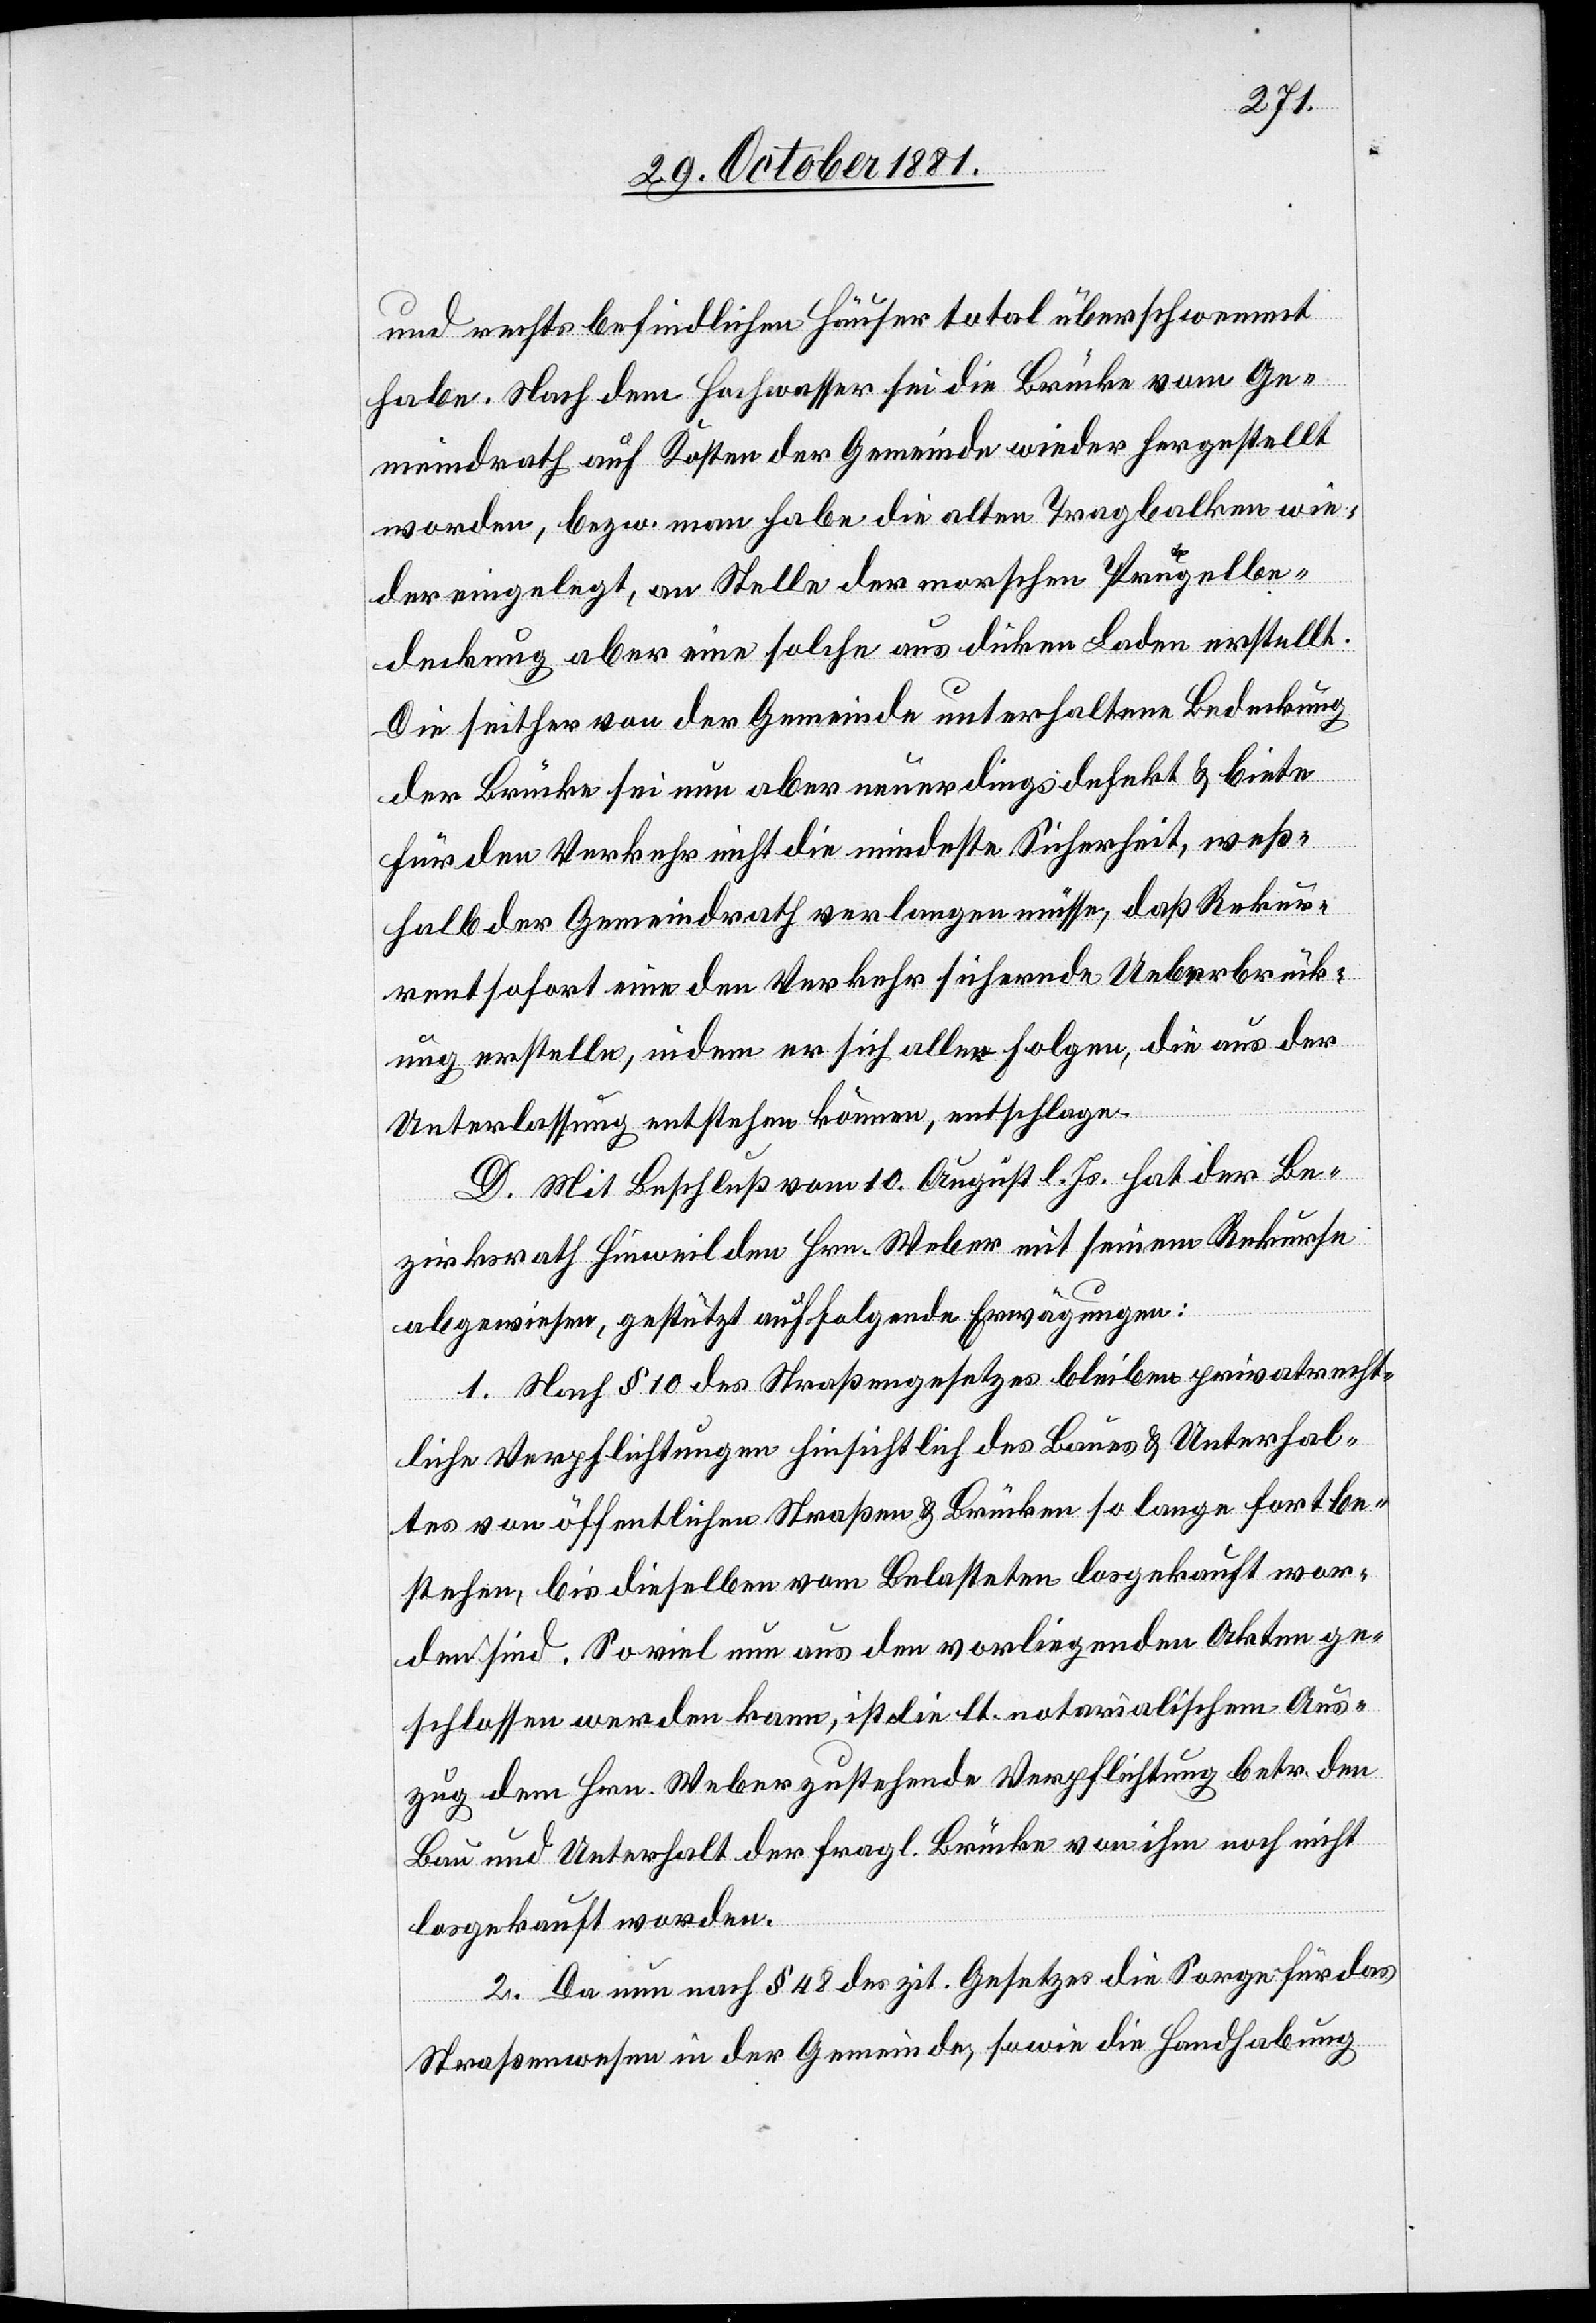
und rechts befindlichen Häuser total überschwemmt
habe. Nach dem Hochwasser sei die Brücke vom Ge¬
meindrath auf Kosten der Gemeinde wieder hergestellt
worden, bezw. man habe die alten Tragbalken wie¬
der eingelegt, an Stelle der morschen Prügelbe¬
deckung aber eine solche aus dicken Laden erstellt.
Die seither von der Gemeinde unterhaltene Bedeckung
der Brücke sei nun aber neuerdings defekt & biete
für den Verkehr nicht die mindeste Sicherheit, weß¬
halb der Gemeindrath verlangen müsse, daß Rekur¬
rent sofort eine den Verkehr sichernde Ueberbrück¬
ung erstelle, indem er sich allen Folgen, die aus der
Unterlassung entstehen können, entschlage.
D. Mit Beschluß vom 10. August l. Js. hat der Be¬
zirksrath Hinweil Hrn. Weber mit seinem Rekurse
abgewiesen, gestützt auf folgende Erwägungen:
1. Nach § 10 des Straßengesetzes bleiben privatrecht¬
liche Verpflichtungen hinsichtlich des Baues & Unterhal¬
tes von öffentlichen Straßen & Brücken so lange fortbe¬
stehen, bis dieselben vom Belasteten losgekauft wor¬
den sind. Soviel nun aus den vorliegenden Akten ge¬
schlossen werden kann, ist die lt. notarialischem Aus¬
zug dem Hrn. Weber zustehende Verpflichtung betr. den
Bau und Unterhalt der fragl. Brücke von ihm noch nicht
losgekauft worden.
2. Da nun nach § 48 des zit. Gesetzes die Sorge für das
Straßenwesen in der Gemeinde, sowie die Handhabung